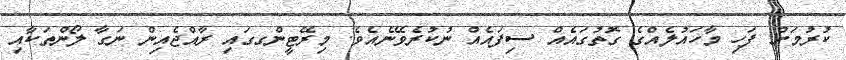
ކުރުމަށް ފަހި މާހައުލެއްގެ ގޮތުގައެއް ސިފައެއް ނުކުރެވޭނެއެވެ. މިރޭޓީންގގައި ރާއްޖެއިން ނަގާ ލޯންތަކާއި